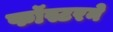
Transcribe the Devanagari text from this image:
फॉस्टरने